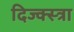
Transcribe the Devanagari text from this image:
दिज्क्स्त्रा